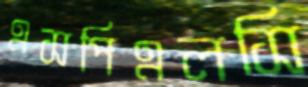
এসপিএলসি